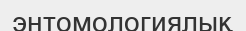
энтомологиялық